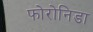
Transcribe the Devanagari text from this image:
फोरोनिडा